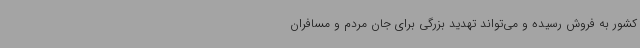
کشور به فروش رسیده و می‌تواند تهدید بزرگی برای جان مردم و مسافران